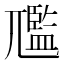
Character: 尶